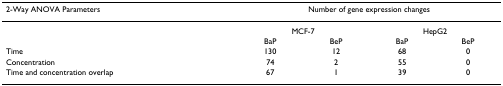
<table><thead><tr><td><b>2-Way ANOVA Parameters</b></td><td colspan="4"><b>Number of gene expression changes</b></td></tr></thead><tbody><tr><td></td><td colspan="2">MCF-7</td><td colspan="2">HepG2</td></tr><tr><td></td><td>BaP</td><td>BeP</td><td>BaP</td><td>BeP</td></tr><tr><td>Time</td><td>130</td><td>12</td><td>68</td><td>0</td></tr><tr><td>Concentration</td><td>74</td><td>2</td><td>55</td><td>0</td></tr><tr><td>Time and concentration overlap</td><td>67</td><td>1</td><td>39</td><td>0</td></tr></tbody></table>